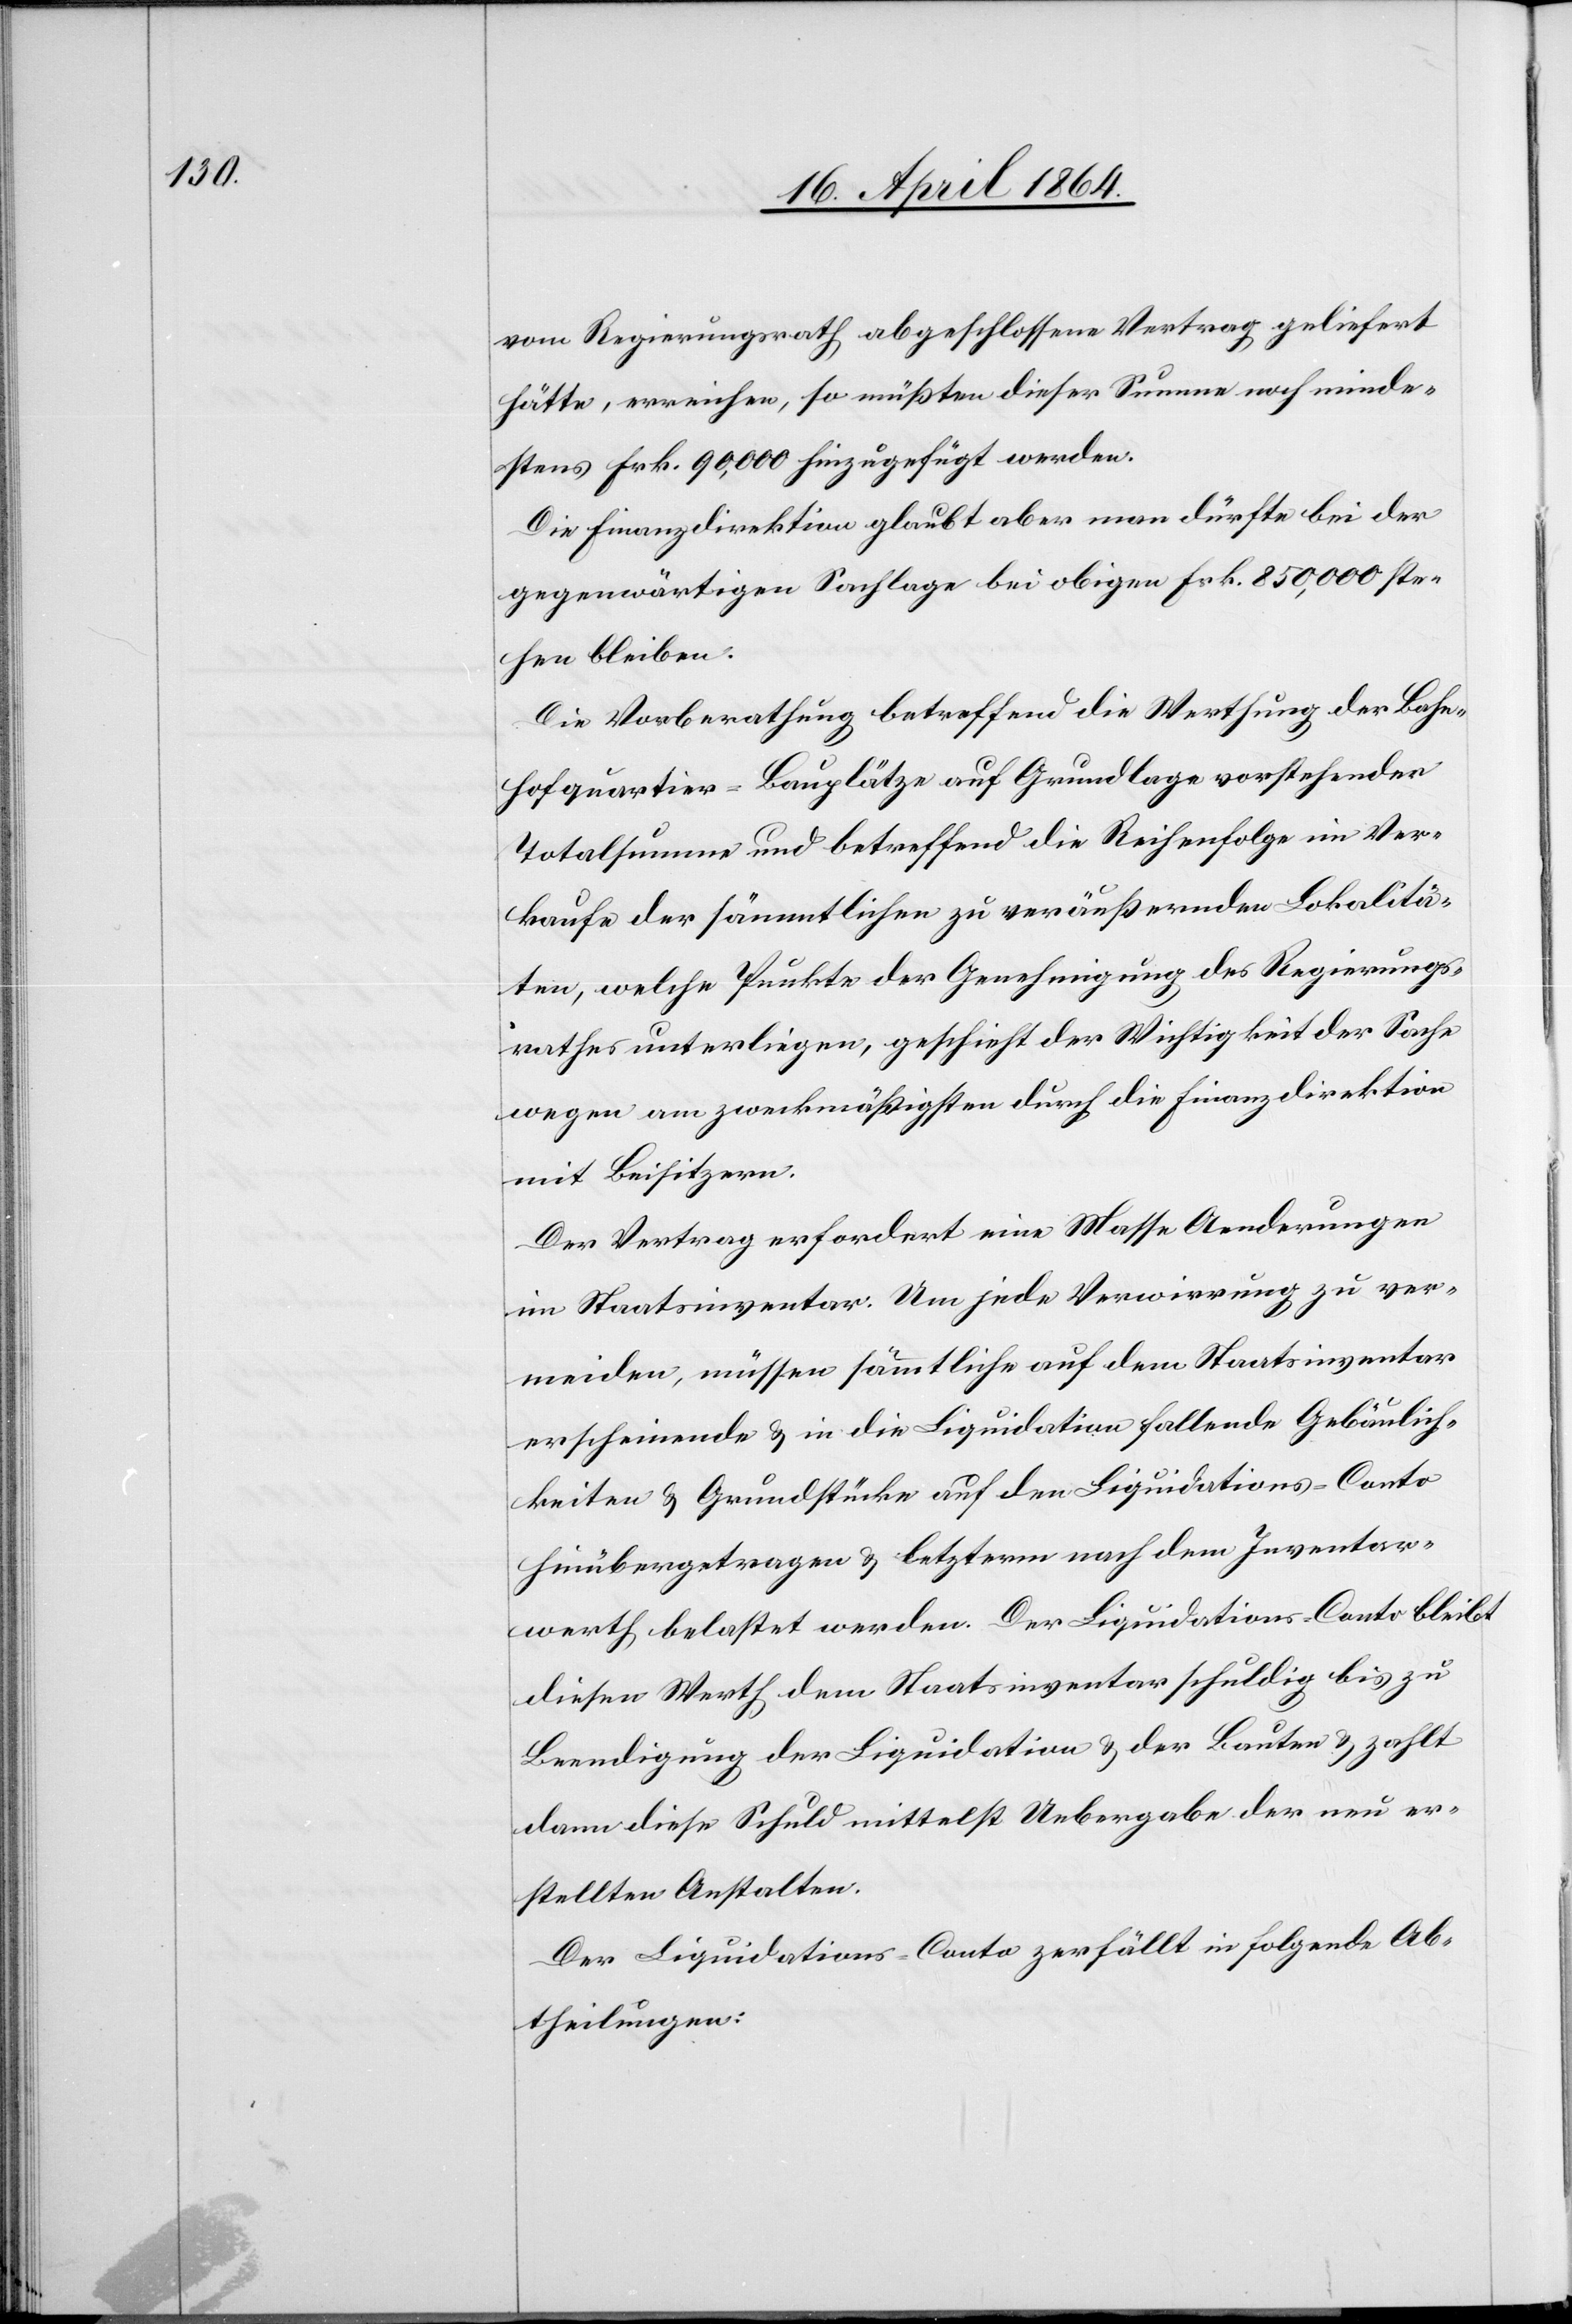
vom Regierungsrath abgeschlossene Vertrag geliefert
hätte, erreichen, so müßten dieser Summe noch minde¬
stens Frk. 90,000 hinzugefügt werden.
Die Finanzdirektion glaubt aber man dürfte bei der
gegenwärtigen Sachlage bei obigen Frk. 850,000 ste¬
hen bleiben.
Die Vorberathung betreffend die Werthung der Bahn¬
hofquartier-Bauplätze auf Grundlage vorstehender
Totalsumme und betreffend die Reihenfolge im Ver¬
kaufe der sämmtlichen zu veräußernden Lokalitä¬
ten, welche Punkte der Genehmigung des Regierungs¬
rathes unterliegen, geschieht der Wichtigkeit der Sache
wegen am zweckmäßigsten durch die Finanzdirektion
mit Beisitzern.
Der Vertrag erfordert eine Masse Aenderungen
im Staatsinventar. Um jede Verwirrung zu ver¬
meiden, müssen sämmtliche auf dem Staatsinventar
erscheinende u. in die Liquidation fallende Gebäulich¬
keiten u. Grundstücke auf den Liquidations-Conto
hinübergetragen u. letzterm nach dem Inventar¬
werth belastet werden. Der Liquidations-Conto bleibt
diesen Werth dem Staatsinventar schuldig bis zu
Beendigung der Liquidation u. der Bauten u. zahlt
dann diese Schuld mittelst Uebergabe der neu er¬
stellten Anstalten.
Der Liquidations-Conto zerfällt in folgende Ab¬
theilungen: